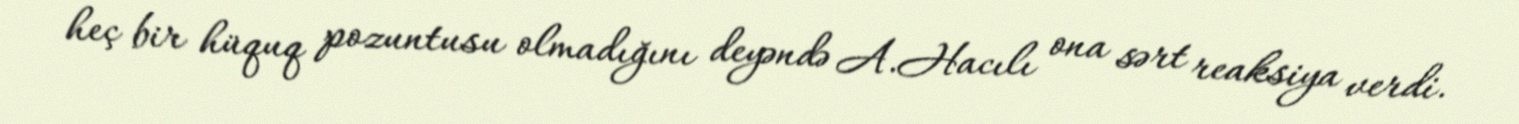
heç bir hüquq pozuntusu olmadığını deyəndə A.Hacılı ona sərt reaksiya verdi.